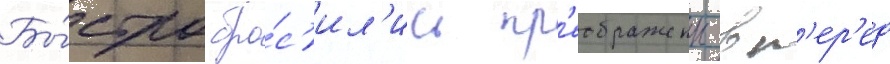
Бы́стро бро́с'ил'ись пр'еображенцы вп'ер'ед